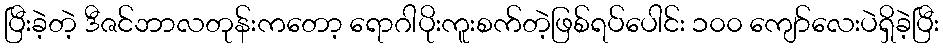
ပြီးခဲ့တဲ့ ဒီဇင်ဘာလတုန်းကတော့ ရောဂါပိုးကူးစက်တဲ့ဖြစ်ရပ်ပေါင်း ၁၀၀ ကျော်လေးပဲရှိခဲ့ပြီး